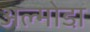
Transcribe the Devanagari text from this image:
अल्मोडा़